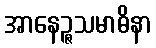
အာနေဉ္ဇသမာဓိနာ